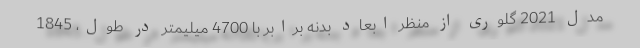
مدل 2021 گلوری از منظر ابعاد بدنه برابر با 4700 میلیمتر در طول، 1845